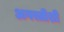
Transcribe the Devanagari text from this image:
अगस्तीशी